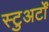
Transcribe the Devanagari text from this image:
स्टुअर्टों